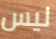
ليس